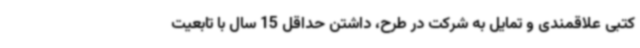
کتبی علاقمندی و تمایل به شرکت در طرح، داشتن حداقل 15 سال با تابعیت